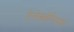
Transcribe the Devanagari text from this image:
ऐलेक्ज़ेन्द्रियाई